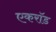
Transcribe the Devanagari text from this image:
एकरॉड